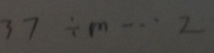
3 7 \div m \cdots 2